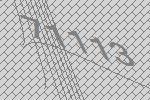
71113